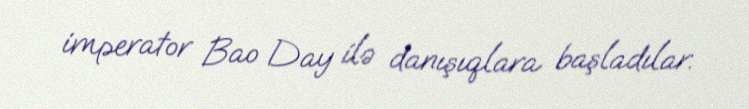
imperator Bao Day ilə danışıqlara başladılar.